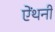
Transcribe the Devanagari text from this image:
ऐंथनी